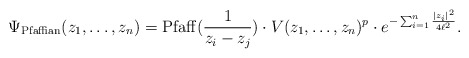
\begin{align*}\Psi_{\rm Pfaffian}(z_1,\ldots,z_n) = {\rm Pfaff}(\frac{1}{z_i-z_j})\cdot V(z_1,\ldots,z_n)^p \cdot e^{-\sum_{i=1}^n \frac{|z_i|^2}{4\ell^2}}.\end{align*}